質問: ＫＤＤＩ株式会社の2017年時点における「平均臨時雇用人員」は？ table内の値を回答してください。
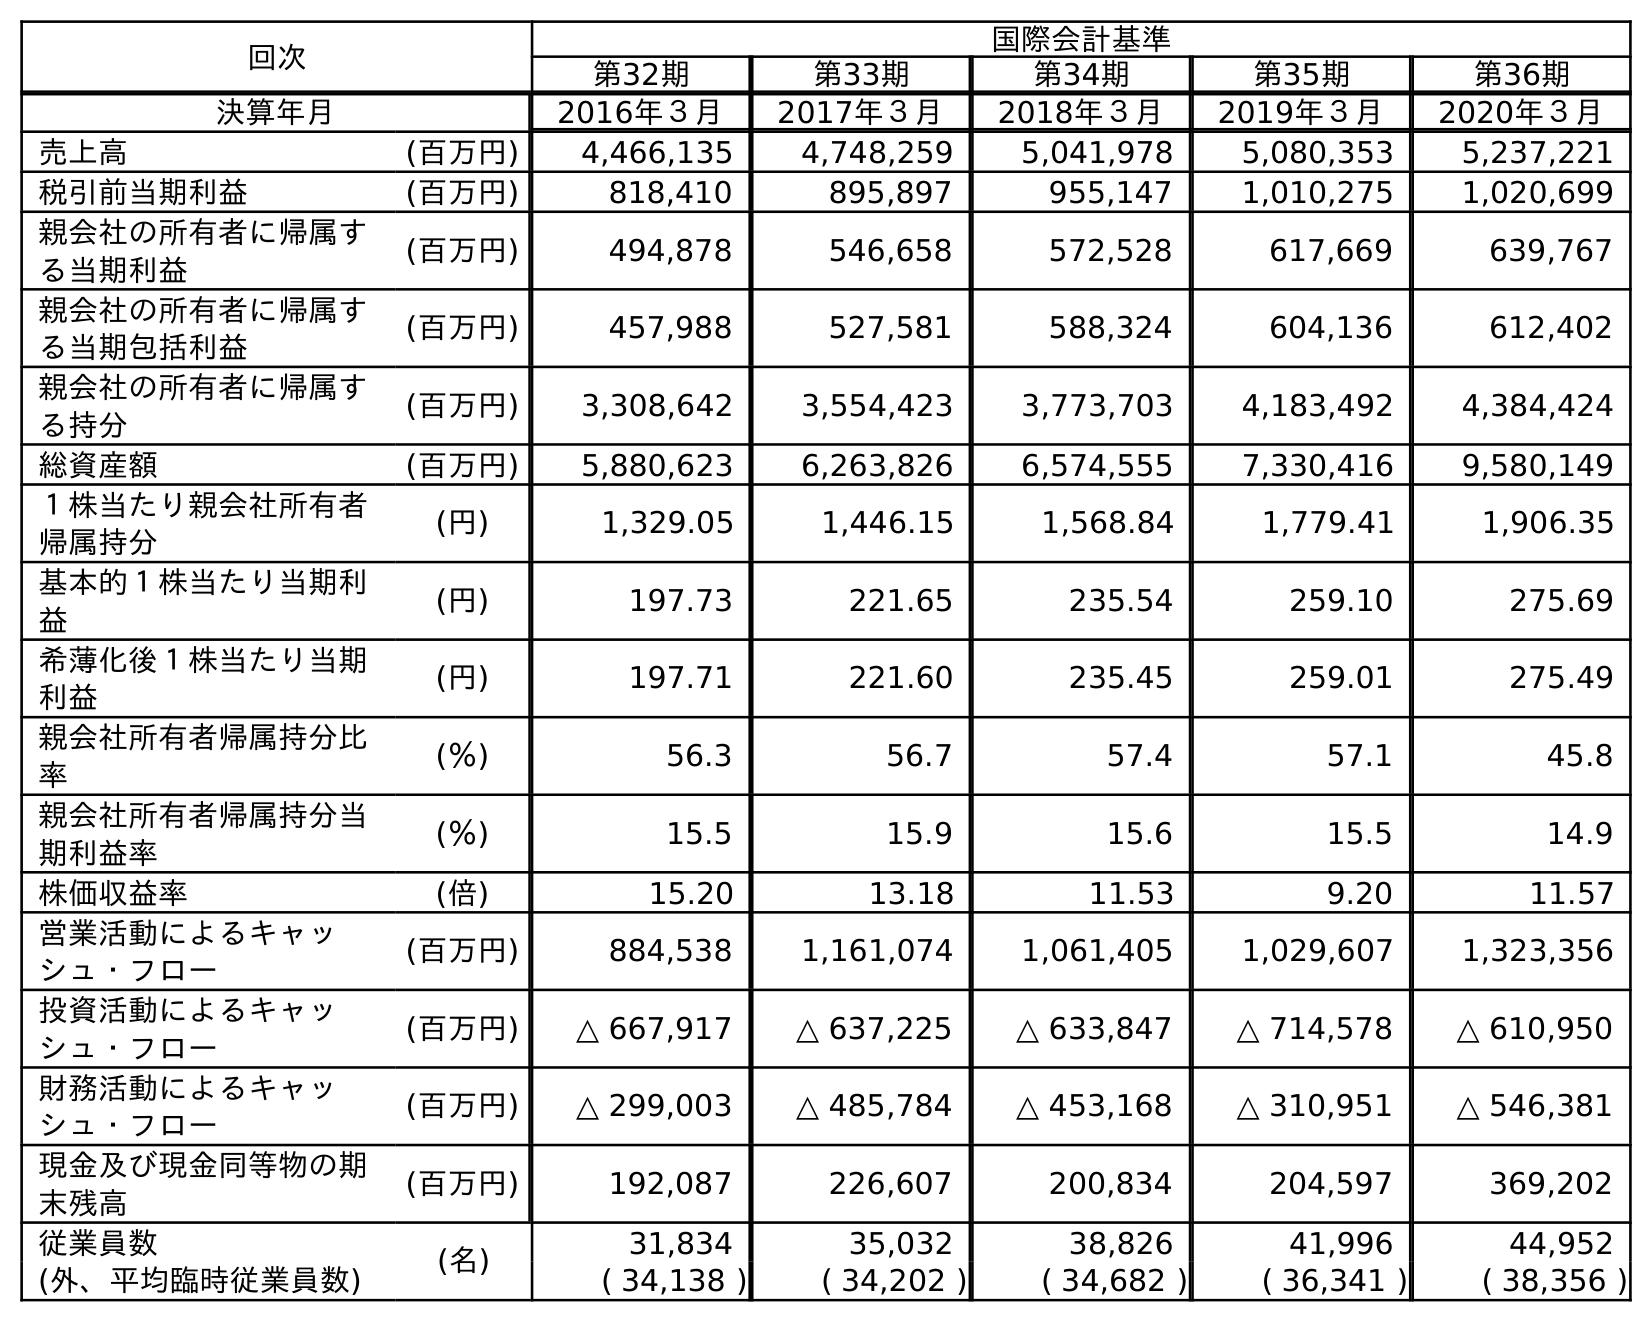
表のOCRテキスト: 回次 国際会計基準 第32期 第33期 第34期 第35期 第36期 決算年月 2016年３月 2017年３月 2018年３月 2019年３月 2020年３月 売上高 (百万円) 4,466,135 4,748,259 5,041,978 5,080,353 5,237,221 税引前当期利益 (百万円) 818,410 895,897 955,147 1,010,275 1,020,699 親会社の所有者に帰属す る当期利益 (百万円) 494,878 546,658 572,528 617,669 639,767 親会社の所有者に帰属す る当期包括利益 (百万円) 457,988 527,581 588,324 604,136 612,402 親会社の所有者に帰属す る持分 (百万円) 3,308,642 3,554,423 3,773,703 4,183,492 4,384,424 総資産額 (百万円) 5,880,623 6,263,826 6,574,555 7,330,416 9,580,149 １株当たり親会社所有者 帰属持分 (円) 1,329.05 1,446.15 1,568.84 1,779.41 1,906.35 基本的１株当たり当期利 益 (円) 197.73 221.65 235.54 259.10 275.69 希薄化後１株当たり当期 利益 (円) 197.71 221.60 235.45 259.01 275.49 親会社所有者帰属持分比 率 (％) 56.3 56.7 57.4 57.1 45.8 親会社所有者帰属持分当 期利益率 (％) 15.5 15.9 15.6 15.5 14.9 株価収益率 (倍) 15.20 13.18 11.53 9.20 11.57 営業活動によるキャッ シュ・フロー (百万円) 884,538 1,161,074 1,061,405 1,029,607 1,323,356 投資活動によるキャッ シュ・フロー (百万円) △ 667,917 △ 637,225 △ 633,847 △ 714,578 △ 610,950 財務活動によるキャッ シュ・フロー (百万円) △ 299,003 △ 485,784 △ 453,168 △ 310,951 △ 546,381 現金及び現金同等物の期 末残高 (百万円) 192,087 226,607 200,834 204,597 369,202 従業員数 (名) 31,834 35,032 38,826 41,996 44,952 (外、平均臨時従業員数) ( 34,138 ) ( 34,202 ) ( 34,682 ) ( 36,341 ) ( 38,356 )
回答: (34,202)